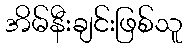
အိမ်နီးချင်းဖြစ်သူ